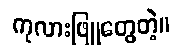
ကုလားဖြူတွေတဲ့။